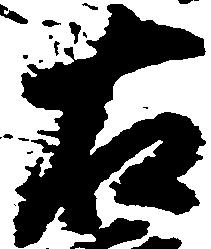
右